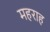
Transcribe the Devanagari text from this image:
महराह